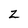
Character: Z